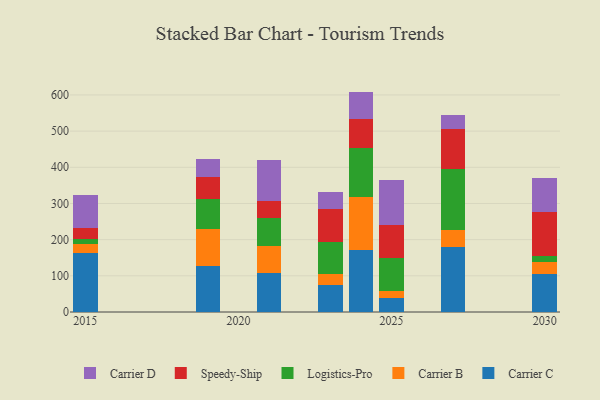
{"axis": {"x": "Year", "y": "Inventory Turnover"}, "legend": ["Carrier B", "Carrier C", "Carrier D", "Logistics-Pro", "Speedy-Ship"], "data": [{"x": "2023", "y": 74.4, "type": "Carrier C"}, {"x": "2023", "y": 30.0, "type": "Carrier B"}, {"x": "2023", "y": 88.5, "type": "Logistics-Pro"}, {"x": "2023", "y": 93.1, "type": "Speedy-Ship"}, {"x": "2023", "y": 44.6, "type": "Carrier D"}, {"x": "2025", "y": 39.4, "type": "Carrier C"}, {"x": "2025", "y": 17.9, "type": "Carrier B"}, {"x": "2025", "y": 91.6, "type": "Logistics-Pro"}, {"x": "2025", "y": 91.0, "type": "Speedy-Ship"}, {"x": "2025", "y": 124.7, "type": "Carrier D"}, {"x": "2015", "y": 164.4, "type": "Carrier C"}, {"x": "2015", "y": 23.5, "type": "Carrier B"}, {"x": "2015", "y": 15.1, "type": "Logistics-Pro"}, {"x": "2015", "y": 28.2, "type": "Speedy-Ship"}, {"x": "2015", "y": 91.1, "type": "Carrier D"}, {"x": "2030", "y": 103.9, "type": "Carrier C"}, {"x": "2030", "y": 35.0, "type": "Carrier B"}, {"x": "2030", "y": 15.2, "type": "Logistics-Pro"}, {"x": "2030", "y": 122.3, "type": "Speedy-Ship"}, {"x": "2030", "y": 94.7, "type": "Carrier D"}, {"x": "2024", "y": 171.2, "type": "Carrier C"}, {"x": "2024", "y": 146.8, "type": "Carrier B"}, {"x": "2024", "y": 136.6, "type": "Logistics-Pro"}, {"x": "2024", "y": 79.0, "type": "Speedy-Ship"}, {"x": "2024", "y": 75.6, "type": "Carrier D"}, {"x": "2027", "y": 179.8, "type": "Carrier C"}, {"x": "2027", "y": 46.9, "type": "Carrier B"}, {"x": "2027", "y": 168.4, "type": "Logistics-Pro"}, {"x": "2027", "y": 110.4, "type": "Speedy-Ship"}, {"x": "2027", "y": 38.1, "type": "Carrier D"}, {"x": "2019", "y": 126.6, "type": "Carrier C"}, {"x": "2019", "y": 102.9, "type": "Carrier B"}, {"x": "2019", "y": 84.0, "type": "Logistics-Pro"}, {"x": "2019", "y": 59.9, "type": "Speedy-Ship"}, {"x": "2019", "y": 50.7, "type": "Carrier D"}, {"x": "2021", "y": 106.9, "type": "Carrier C"}, {"x": "2021", "y": 74.9, "type": "Carrier B"}, {"x": "2021", "y": 78.5, "type": "Logistics-Pro"}, {"x": "2021", "y": 46.1, "type": "Speedy-Ship"}, {"x": "2021", "y": 113.8, "type": "Carrier D"}]}